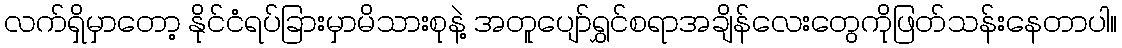
လက်ရှိမှာတော့ နိုင်ငံရပ်ခြားမှာမိသားစုနဲ့ အတူပျော်ရွှင်စရာအချိန်လေးတွေကိုဖြတ်သန်းနေတာပါ။